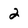
Character: 2